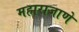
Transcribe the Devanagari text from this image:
महाराजाणे